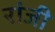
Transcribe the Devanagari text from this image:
रांजी